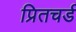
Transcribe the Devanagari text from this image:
प्रितचर्ड